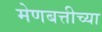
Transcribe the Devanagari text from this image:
मेणबत्तीच्या